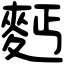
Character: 麫